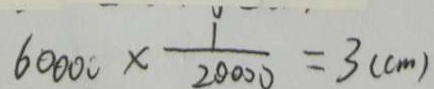
6 0 0 0 \times \frac { 1 } { 2 0 0 0 } = 3 ( c m )